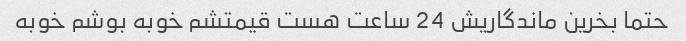
حتما بخرین ماندگاریش 24 ساعت هست قیمتشم خوبه بوشم خوبه